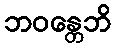
ဘဝန္တေဘိ